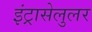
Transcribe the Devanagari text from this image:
इंट्रासेलुलर